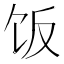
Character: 饭